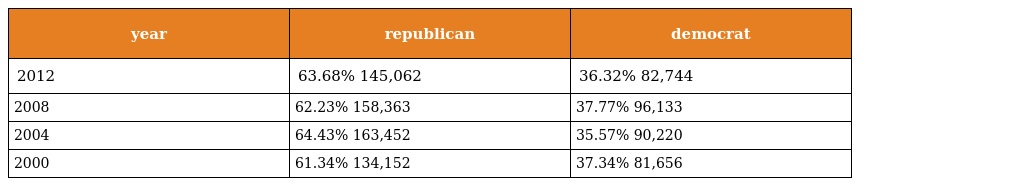
| year | republican | democrat |
 | --- | --- | --- |
 | 2012 | 63.68% 145,062 | 36.32% 82,744 |
 | 2008 | 62.23% 158,363 | 37.77% 96,133 |
 | 2004 | 64.43% 163,452 | 35.57% 90,220 |
 | 2000 | 61.34% 134,152 | 37.34% 81,656 |